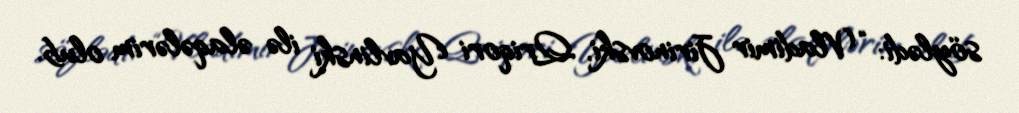
söylədi: “Vladimir Jirinovski, Qriqori Yavlinski ilə əlaqələrim olub.